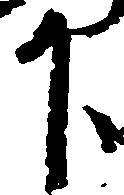
下